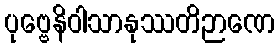
ပုဗ္ဗေနိဝါသာနုဿတိဉာဏေ